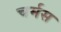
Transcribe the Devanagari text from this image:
चर्मस